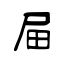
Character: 屇